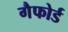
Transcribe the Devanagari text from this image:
गैफोर्ड